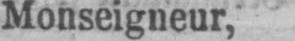
Monseigneur,